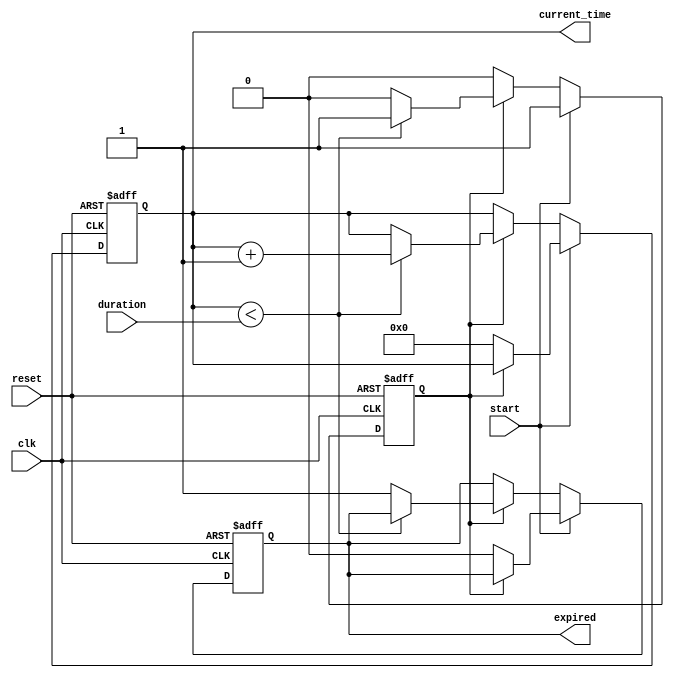
module timer_event_control (
    input wire clk,            // Clock input
    input wire reset,          // Reset signal
    input wire start,          // Start signal
    input wire [15:0] duration, // Time duration (in clock cycles)
    output reg expired,        // Timer expired signal
    output reg [15:0] current_time // Current timer value
);
    
    // Timer state
    reg counting; // Indicates if the timer is currently counting

    // Initialization
    initial begin
        expired = 0;
        current_time = 0;
        counting = 0;
    end

    // Always block triggered on the clock edge
    always @(posedge clk or posedge reset) begin
        if (reset) begin
            // Reset the timer
            expired <= 0;
            current_time <= 0;
            counting <= 0;
        end else if (start) begin
            // Start the timer if it's not already counting
            if (!counting) begin
                counting <= 1;
                current_time <= 0; // Reset current time when starting
                expired <= 0; // Clear expired signal
            end
        end else if (counting) begin
            // Increment current time if counting
            if (current_time < duration) begin
                current_time <= current_time + 1; // Increment current time
            end else begin
                // Timer has expired
                expired <= 1;
                counting <= 0; // Stop counting after expiration
            end
        end
    end

endmodule